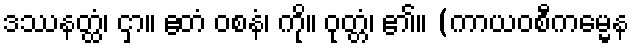
ဒဿနတ္ထံ၊ ငှာ။ ဧတံ ဝစနံ၊ ကို။ ဝုတ္တံ၊ ၏။ (ကာယဝစီကမ္မေန